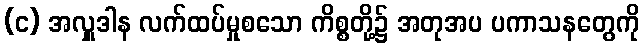
(င) အလှူဒါန လက်ထပ်မှုစသော ကိစ္စတို့၌ အတုအပ ပကာသနတွေကို